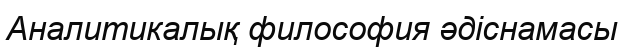
Аналитикалық философия әдіснамасы